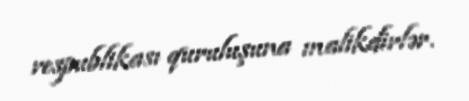
respublikası quruluşuna malikdirlər.